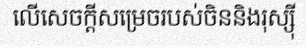
លើសេចក្តីសម្រេចរបស់ចិននិងរុស្ស៊ី